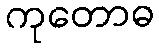
ကုတောဓ